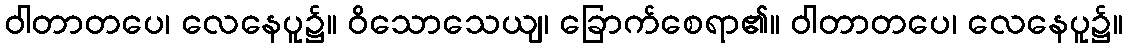
ဝါတာတပေ၊ လေနေပူ၌။ ဝိသောသေယျ၊ ခြောက်စေရာ၏။ ဝါတာတပေ၊ လေနေပူ၌။